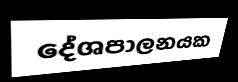
දේශපාලනයක